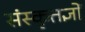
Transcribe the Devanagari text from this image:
संस्कृतज्ञों